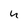
Character: 4